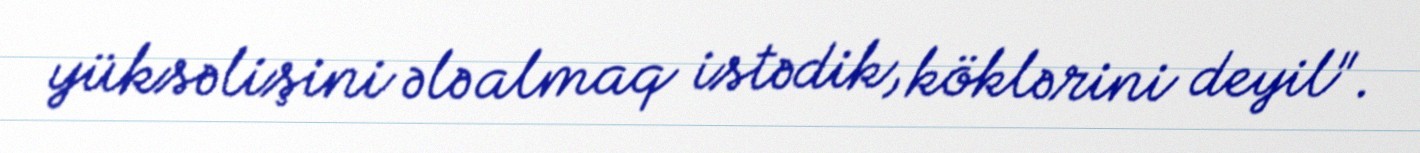
yüksəlişini ələ almaq istədik, köklərini deyil".